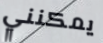
يمكنني